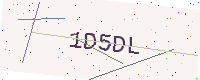
Text: 1D5DL